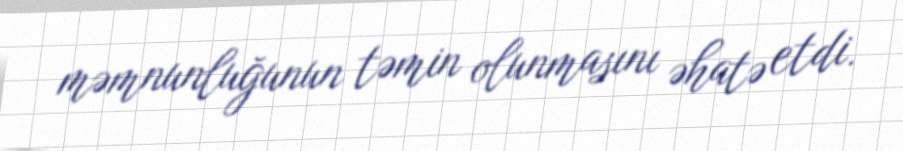
məmnunluğunun təmin olunmasını əhatə etdi.